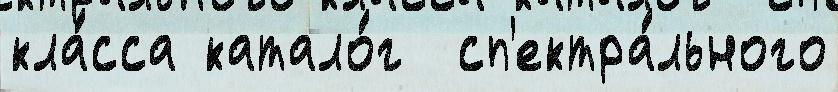
кла́сса катало́г  сп'ектра́льного